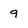
Character: 9